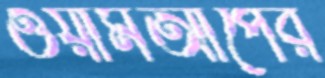
ওয়ার্মআপের